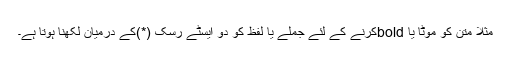
مثلاً متن کو موٹا یا boldکرنے کے لئے جملے یا لفظ کو دو ایسٹے رِسک (*)کے درمیان لکھنا ہوتا ہے۔